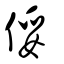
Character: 俀